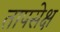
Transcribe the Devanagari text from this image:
तापसेक्ष